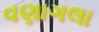
વણાગલા